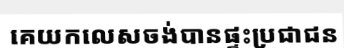
គេយកលេសចង់បានផ្ទះប្រជាជន